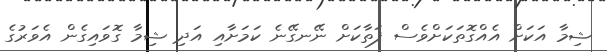
ޝިމާ އަކަށް އެއްގޮތަކަށްވެސް ފަތާކަށް ނޭނގޭނެ ކަމަށާއި އަދި ޝިމާ ގޮވައިގެން އެވަރުގެ